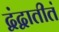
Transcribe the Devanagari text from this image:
द्वंद्वातीतं